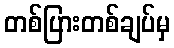
တစ်ပြားတစ်ချပ်မှ